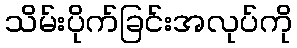
သိမ်းပိုက်ခြင်းအလုပ်ကို